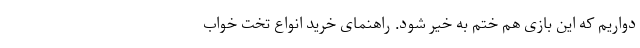
دواریم که این بازی هم ختم به خیر شود. راهنمای خرید انواع تخت خواب